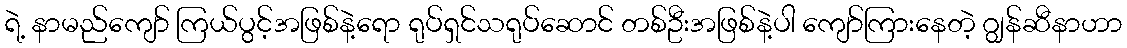
ရဲ့ နာမည်ကျော် ကြယ်ပွင့်အဖြစ်နဲ့ရော ရုပ်ရှင်သရုပ်ဆောင် တစ်ဦးအဖြစ်နဲ့ပါ ကျော်ကြားနေတဲ့ ဂျွန်ဆီနာဟာ